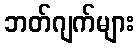
ဘတ်ဂျက်များ